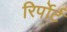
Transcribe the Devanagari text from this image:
रिर्पोर्ट